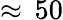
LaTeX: \approx\, 50